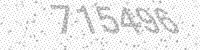
Solution: 715496